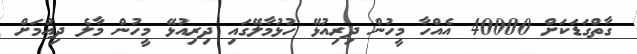
ގާތްގަޑަކަށް 40000 އެއްހާ މީހުން ދިރިއުޅޭ ހުޅުމާލޭގައި ދިރިއުޅޭ މީހުން މާލެ ދިއުމަށް